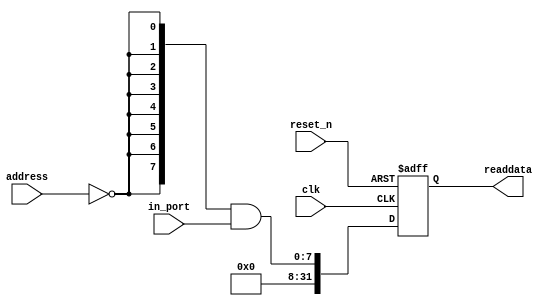
module Switches (
                  // inputs:
                   address,
                   clk,
                   in_port,
                   reset_n,

                  // outputs:
                   readdata
                )
;

  output  [ 31: 0] readdata;
  input   [  1: 0] address;
  input            clk;
  input   [  7: 0] in_port;
  input            reset_n;

  wire             clk_en;
  wire    [  7: 0] data_in;
  wire    [  7: 0] read_mux_out;
  reg     [ 31: 0] readdata;
  assign clk_en = 1;
  //s1, which is an e_avalon_slave
  assign read_mux_out = {8 {(address == 0)}} & data_in;
  always @(posedge clk or negedge reset_n)
    begin
      if (reset_n == 0)
          readdata <= 0;
      else if (clk_en)
          readdata <= {{{32 - 8}{1'b0}},read_mux_out};
    end


  assign data_in = in_port;

endmodule